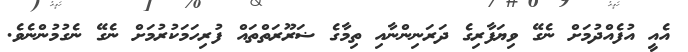
އެއީ އުފެއްދުމަށް ނެގޭ ވިޔަފާރިގެ ދަރަނިންނާއި ތިމާގެ ޟަރޫރަތްތައް ފުރިހަމަކުރުމަށް ނެގޭ ނެގުމުންނެވެ.